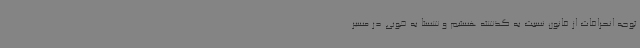
توجه انحرافات از قانون نسبت به گذشته هستیم و شستا به خوبی در مسیر